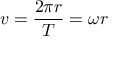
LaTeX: v = { \frac { 2 \pi r } { T } } = \omega r